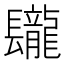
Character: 𨳁